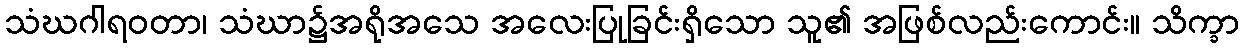
သံဃဂါရဝတာ၊ သံဃာ၌အရိုအသေ အလေးပြုခြင်းရှိသော သူ၏ အဖြစ်လည်းကောင်း။ သိက္ခာ